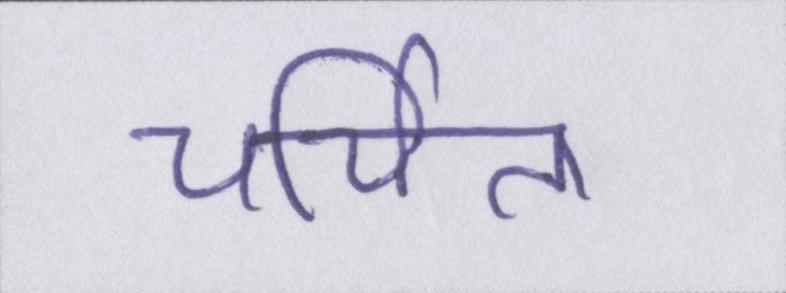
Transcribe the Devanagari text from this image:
चर्चित।